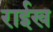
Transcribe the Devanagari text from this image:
राईख